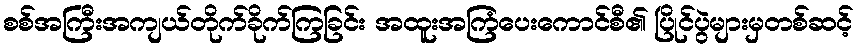
စစ်အကြီးအကျယ်တိုက်ခိုက်ကြခြင်း အထူးအကြံပေးကောင်စီ၏ ပြိုင်ပွဲများမှတစ်ဆင့်